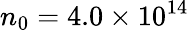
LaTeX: n_{0}=4.0\times 10^{14}